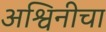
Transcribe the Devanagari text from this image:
अश्विनीचा